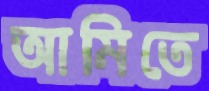
আমিতে